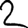
Digit: 2